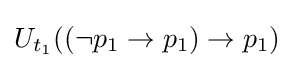
U_{t_{1}}((\neg p_{1}\rightarrow p_{1})\rightarrow p_{1})